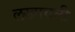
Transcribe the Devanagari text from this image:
लखावली